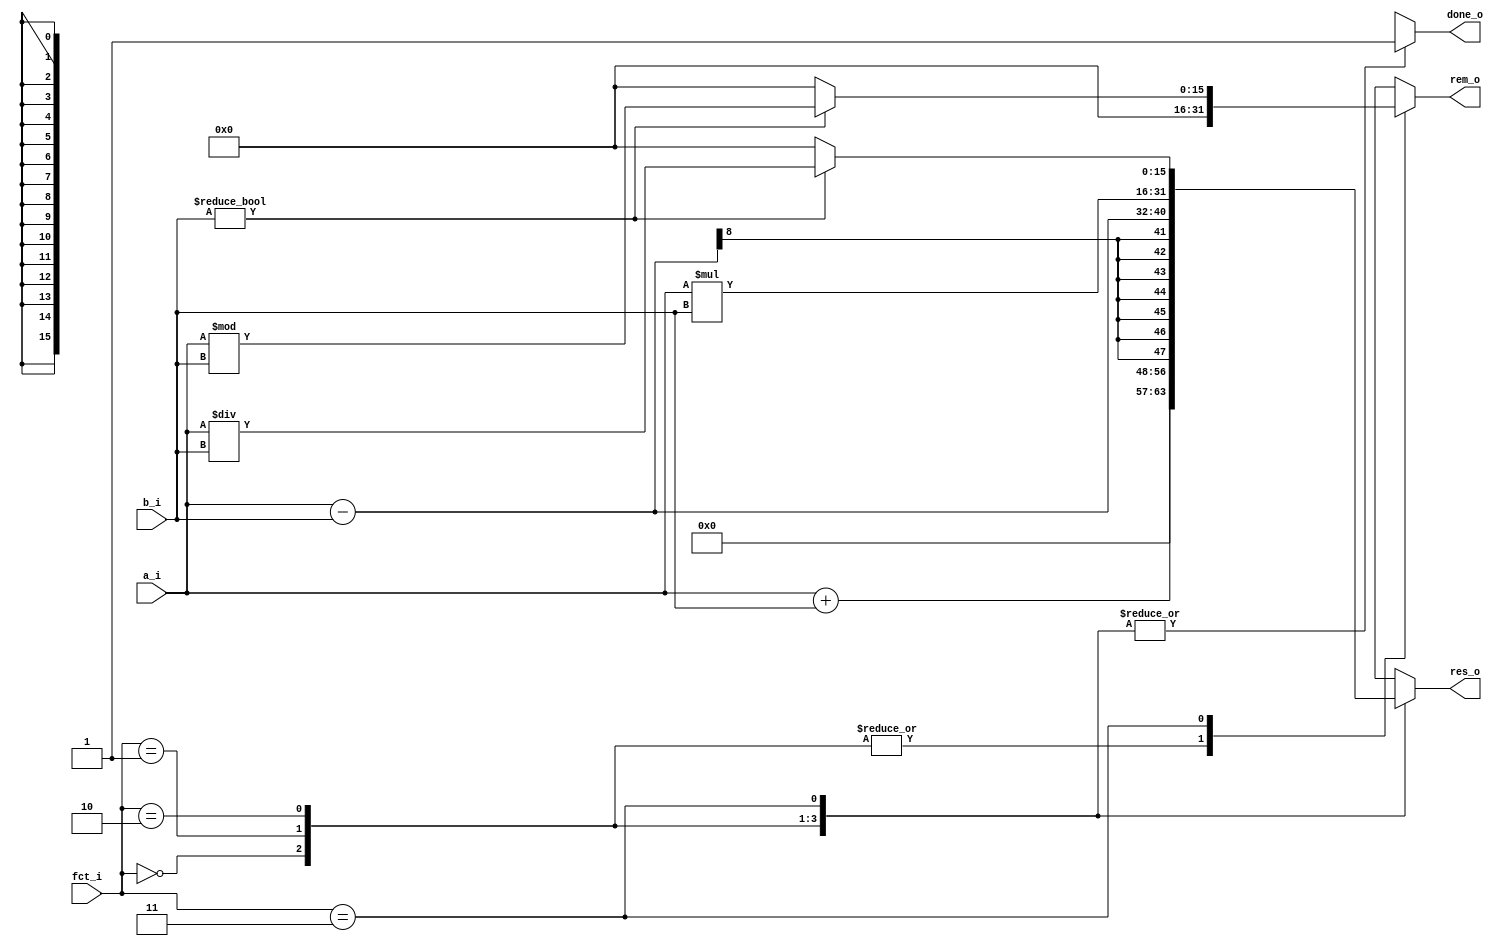
module alu (
	a_i,
	b_i,
	fct_i,
	res_o,
	rem_o,
	done_o
);
	reg _sv2v_0;
	parameter width = 8;
	input wire [width - 1:0] a_i;
	input wire [width - 1:0] b_i;
	input wire [1:0] fct_i;
	output reg [(2 * width) - 1:0] res_o;
	output reg [(2 * width) - 1:0] rem_o;
	output reg done_o;
	reg [(2 * width) - 1:0] a_extended;
	reg [(2 * width) - 1:0] b_extended;
	always @(*) begin
		if (_sv2v_0)
			;
		a_extended = {{width {1'b0}}, a_i};
		b_extended = {{width {1'b0}}, b_i};
		case (fct_i)
			2'b00: begin
				res_o = a_extended + b_extended;
				rem_o = 0;
				done_o = 1;
			end
			2'b01: begin
				res_o = a_extended - b_extended;
				rem_o = 0;
				done_o = 1;
			end
			2'b10: begin
				res_o = a_extended * b_extended;
				rem_o = 0;
				done_o = 1;
			end
			2'b11: begin
				if (b_i != 0) begin
					res_o = a_extended / b_extended;
					rem_o = a_extended % b_extended;
				end
				else begin
					res_o = 0;
					rem_o = 0;
				end
				done_o = 1;
			end
			default: begin
				res_o = 0;
				rem_o = 0;
				done_o = 0;
			end
		endcase
	end
	initial _sv2v_0 = 0;
endmodule
module dff_nbits (
	d_i,
	clock_i,
	reset_i,
	we_i,
	q_o
);
	parameter width = 8;
	input wire [width - 1:0] d_i;
	input wire clock_i;
	input wire reset_i;
	input wire we_i;
	output reg [width - 1:0] q_o;
	always @(posedge clock_i or negedge reset_i)
		if (!reset_i)
			q_o <= 1'sb0;
		else if (we_i)
			q_o <= d_i;
endmodule
module fsm (
	clock_i,
	reset_i,
	start_i,
	a_we_o,
	a_rst_o,
	b_we_o,
	b_rst_o,
	fct_we_o,
	fct_rst_o,
	res_we_o,
	res_rst_o,
	rem_we_o,
	rem_rst_o,
	done_we_o,
	done_rst_o
);
	reg _sv2v_0;
	input wire clock_i;
	input wire reset_i;
	input wire start_i;
	output reg a_we_o;
	output reg a_rst_o;
	output reg b_we_o;
	output reg b_rst_o;
	output reg fct_we_o;
	output reg fct_rst_o;
	output reg res_we_o;
	output reg res_rst_o;
	output reg rem_we_o;
	output reg rem_rst_o;
	output reg done_we_o;
	output reg done_rst_o;
	reg [31:0] current_state;
	reg [31:0] next_state;
	always @(posedge clock_i or negedge reset_i)
		if (!reset_i)
			current_state <= 32'd0;
		else
			current_state <= next_state;
	always @(*) begin
		if (_sv2v_0)
			;
		case (current_state)
			32'd0:
				if (start_i)
					next_state = 32'd1;
				else
					next_state = 32'd0;
			32'd1: next_state = 32'd2;
			32'd2: next_state = 32'd3;
			32'd3: next_state = 32'd4;
			32'd4:
				if (!reset_i)
					next_state = 32'd0;
				else
					next_state = 32'd4;
			default: next_state = 32'd0;
		endcase
	end
	always @(*) begin
		if (_sv2v_0)
			;
		case (current_state)
			32'd0: begin
				a_we_o = 0;
				a_rst_o = 0;
				b_we_o = 0;
				b_rst_o = 0;
				fct_we_o = 0;
				fct_rst_o = 0;
				res_we_o = 0;
				res_rst_o = 0;
				rem_we_o = 0;
				rem_rst_o = 0;
				done_we_o = 0;
				done_rst_o = 0;
			end
			32'd1: begin
				a_we_o = 1;
				a_rst_o = 1;
				b_we_o = 1;
				b_rst_o = 1;
				fct_we_o = 1;
				fct_rst_o = 1;
				res_we_o = 0;
				res_rst_o = 0;
				rem_we_o = 0;
				rem_rst_o = 0;
				done_we_o = 0;
				done_rst_o = 0;
			end
			32'd2: begin
				a_we_o = 0;
				a_rst_o = 1;
				b_we_o = 0;
				b_rst_o = 1;
				fct_we_o = 0;
				fct_rst_o = 1;
				res_we_o = 0;
				res_rst_o = 0;
				rem_we_o = 0;
				rem_rst_o = 0;
				done_we_o = 0;
				done_rst_o = 0;
			end
			32'd3: begin
				a_we_o = 0;
				a_rst_o = 1;
				b_we_o = 0;
				b_rst_o = 1;
				fct_we_o = 0;
				fct_rst_o = 1;
				res_we_o = 1;
				res_rst_o = 1;
				rem_we_o = 1;
				rem_rst_o = 1;
				done_we_o = 1;
				done_rst_o = 1;
			end
			32'd4: begin
				a_we_o = 0;
				a_rst_o = 1;
				b_we_o = 0;
				b_rst_o = 1;
				fct_we_o = 0;
				fct_rst_o = 1;
				res_we_o = 0;
				res_rst_o = 1;
				rem_we_o = 0;
				rem_rst_o = 1;
				done_we_o = 0;
				done_rst_o = 1;
			end
		endcase
	end
	initial _sv2v_0 = 0;
endmodule
module top_level (
	clock_i,
	reset_i,
	start_i,
	a_i,
	b_i,
	fct_i,
	res_o,
	rem_o,
	done_o
);
	parameter width = 8;
	input wire clock_i;
	input wire reset_i;
	input wire start_i;
	input wire [width - 1:0] a_i;
	input wire [width - 1:0] b_i;
	input wire [1:0] fct_i;
	output wire [(2 * width) - 1:0] res_o;
	output wire [(2 * width) - 1:0] rem_o;
	output wire done_o;
	wire a_we_s;
	wire a_rst_s;
	wire b_we_s;
	wire b_rst_s;
	wire fct_we_s;
	wire fct_rst_s;
	wire res_we_s;
	wire res_rst_s;
	wire rem_we_s;
	wire rem_rst_s;
	wire done_we_s;
	wire done_rst_s;
	wire [width - 1:0] a_i_s;
	wire [width - 1:0] b_i_s;
	wire [(2 * width) - 1:0] res_s;
	wire [(2 * width) - 1:0] rem_s;
	wire [1:0] fct_i_s;
	wire done_o_s;
	dff_nbits #(.width(width)) reg_a(
		.d_i(a_i),
		.clock_i(clock_i),
		.reset_i(a_rst_s),
		.we_i(a_we_s),
		.q_o(a_i_s)
	);
	dff_nbits #(.width(width)) reg_b(
		.d_i(b_i),
		.clock_i(clock_i),
		.reset_i(b_rst_s),
		.we_i(b_we_s),
		.q_o(b_i_s)
	);
	dff_nbits #(.width(2)) reg_fct(
		.d_i(fct_i),
		.clock_i(clock_i),
		.reset_i(fct_rst_s),
		.we_i(fct_we_s),
		.q_o(fct_i_s)
	);
	fsm fsm_unit(
		.clock_i(clock_i),
		.reset_i(reset_i),
		.start_i(start_i),
		.a_we_o(a_we_s),
		.a_rst_o(a_rst_s),
		.b_we_o(b_we_s),
		.b_rst_o(b_rst_s),
		.fct_we_o(fct_we_s),
		.fct_rst_o(fct_rst_s),
		.res_we_o(res_we_s),
		.res_rst_o(res_rst_s),
		.rem_we_o(rem_we_s),
		.rem_rst_o(rem_rst_s),
		.done_we_o(done_we_s),
		.done_rst_o(done_rst_s)
	);
	alu #(.width(width)) alu_unit(
		.a_i(a_i_s),
		.b_i(b_i_s),
		.fct_i(fct_i_s),
		.res_o(res_s),
		.rem_o(rem_s),
		.done_o(done_o_s)
	);
	dff_nbits #(.width(2 * width)) reg_res(
		.d_i(res_s),
		.clock_i(clock_i),
		.reset_i(res_rst_s),
		.we_i(res_we_s),
		.q_o(res_o)
	);
	dff_nbits #(.width(2 * width)) reg_rem(
		.d_i(rem_s),
		.clock_i(clock_i),
		.reset_i(rem_rst_s),
		.we_i(rem_we_s),
		.q_o(rem_o)
	);
	dff_nbits #(.width(1)) reg_done(
		.d_i(done_o_s),
		.clock_i(clock_i),
		.reset_i(done_rst_s),
		.we_i(done_we_s),
		.q_o(done_o)
	);
	// assertions
	// as an error was produced, the compiler generates a .vcd file
    //assign check_add = fct_i_s == 2'b00;
    //assert property(check_add);
	//assign operation = fct_i_s != 2'b10;
	//assert property(operation);
endmodule
module wrapper (
	reset_i,
	clock_i,
	res_o,
	rem_o,
	done_o
);
	parameter width = 8;
	input wire reset_i;
	input wire clock_i;
	output wire [(2 * width) - 1:0] res_o;
	output wire [(2 * width) - 1:0] rem_o;
	output wire done_o;
	reg [width - 1:0] a_s = 8'h03;
	reg [width - 1:0] b_s = 8'h07;
	reg [1:0] fct_s = 2'b10;
	reg start_s = 1'b1;
	top_level #(.width(width)) dut(
		.clock_i(clock_i),
		.reset_i(reset_i),
		.start_i(start_s),
		.a_i(a_s),
		.b_i(b_s),
		.fct_i(fct_s),
		.res_o(res_o),
		.rem_o(rem_o),
		.done_o(done_o)
	);
endmodule